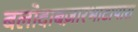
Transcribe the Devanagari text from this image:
बलोदाबज़ारभाटापारा